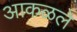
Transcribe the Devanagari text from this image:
आकळले